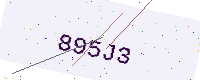
Text: 895J3